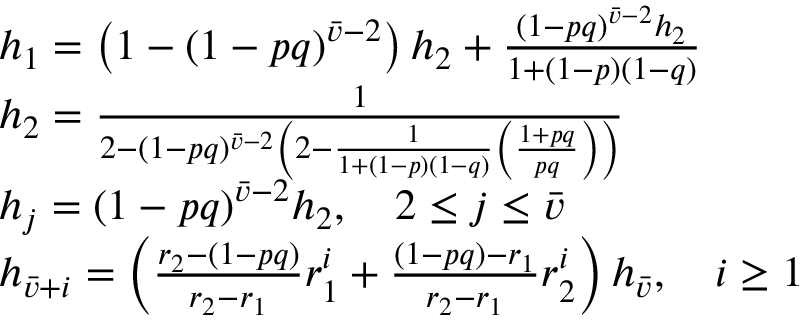
\begin{array} { r l } & { { h } _ { 1 } = \left( { 1 - ( 1 - p q ) ^ { \bar { v } - 2 } } \right) { h } _ { 2 } + \frac { ( 1 - p q ) ^ { \bar { v } - 2 } { h } _ { 2 } } { 1 + ( 1 - p ) ( 1 - q ) } } \\ & { { h } _ { 2 } = \frac { 1 } { 2 - ( 1 - p q ) ^ { \bar { v } - 2 } \left( 2 - \frac { 1 } { 1 + ( 1 - p ) ( 1 - q ) } \left( \frac { 1 + p q } { p q } \right) \right) } } \\ & { { h } _ { j } = ( 1 - p q ) ^ { \bar { v } - 2 } { h } _ { 2 } , \quad 2 \leq j \leq \bar { v } } \\ & { { h } _ { \bar { v } + i } = \left( \frac { r _ { 2 } - ( 1 - p q ) } { r _ { 2 } - r _ { 1 } } r _ { 1 } ^ { i } + \frac { ( 1 - p q ) - r _ { 1 } } { r _ { 2 } - r _ { 1 } } r _ { 2 } ^ { i } \right) { h } _ { \bar { v } } , \quad i \geq 1 } \end{array}